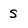
Character: s